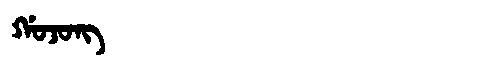
Manchu: ᡤᠣᠵᠣᠩ
Romanization: GOJONG